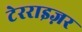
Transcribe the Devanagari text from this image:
टेरराइज़र